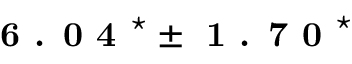
\textbf { 6 . 0 4 } ^ { \star } \pm \textbf { 1 . 7 0 } ^ { \star }